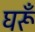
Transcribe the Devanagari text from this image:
घरूँ